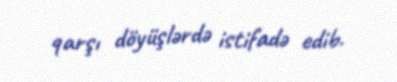
qarşı döyüşlərdə istifadə edib.